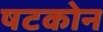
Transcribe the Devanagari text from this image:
षटकोन